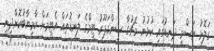
ގަލޮޅު ރަސްމީ ދަނޑުގައި ކުޅުނު މެޗުގާ ސިންގަޕޫރު ޓީމްގެ ލަނޑުތައް އެޓީމަށް ކާމިޔާބުކޮށްދިނީ